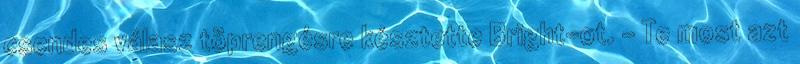
csendes válasz töprengésre késztette Bright-ot. - Te most azt